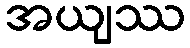
အယျဿ